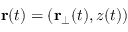
{ \bf r } ( t ) = ( { \bf r } _ { \perp } ( t ) , z ( t ) )